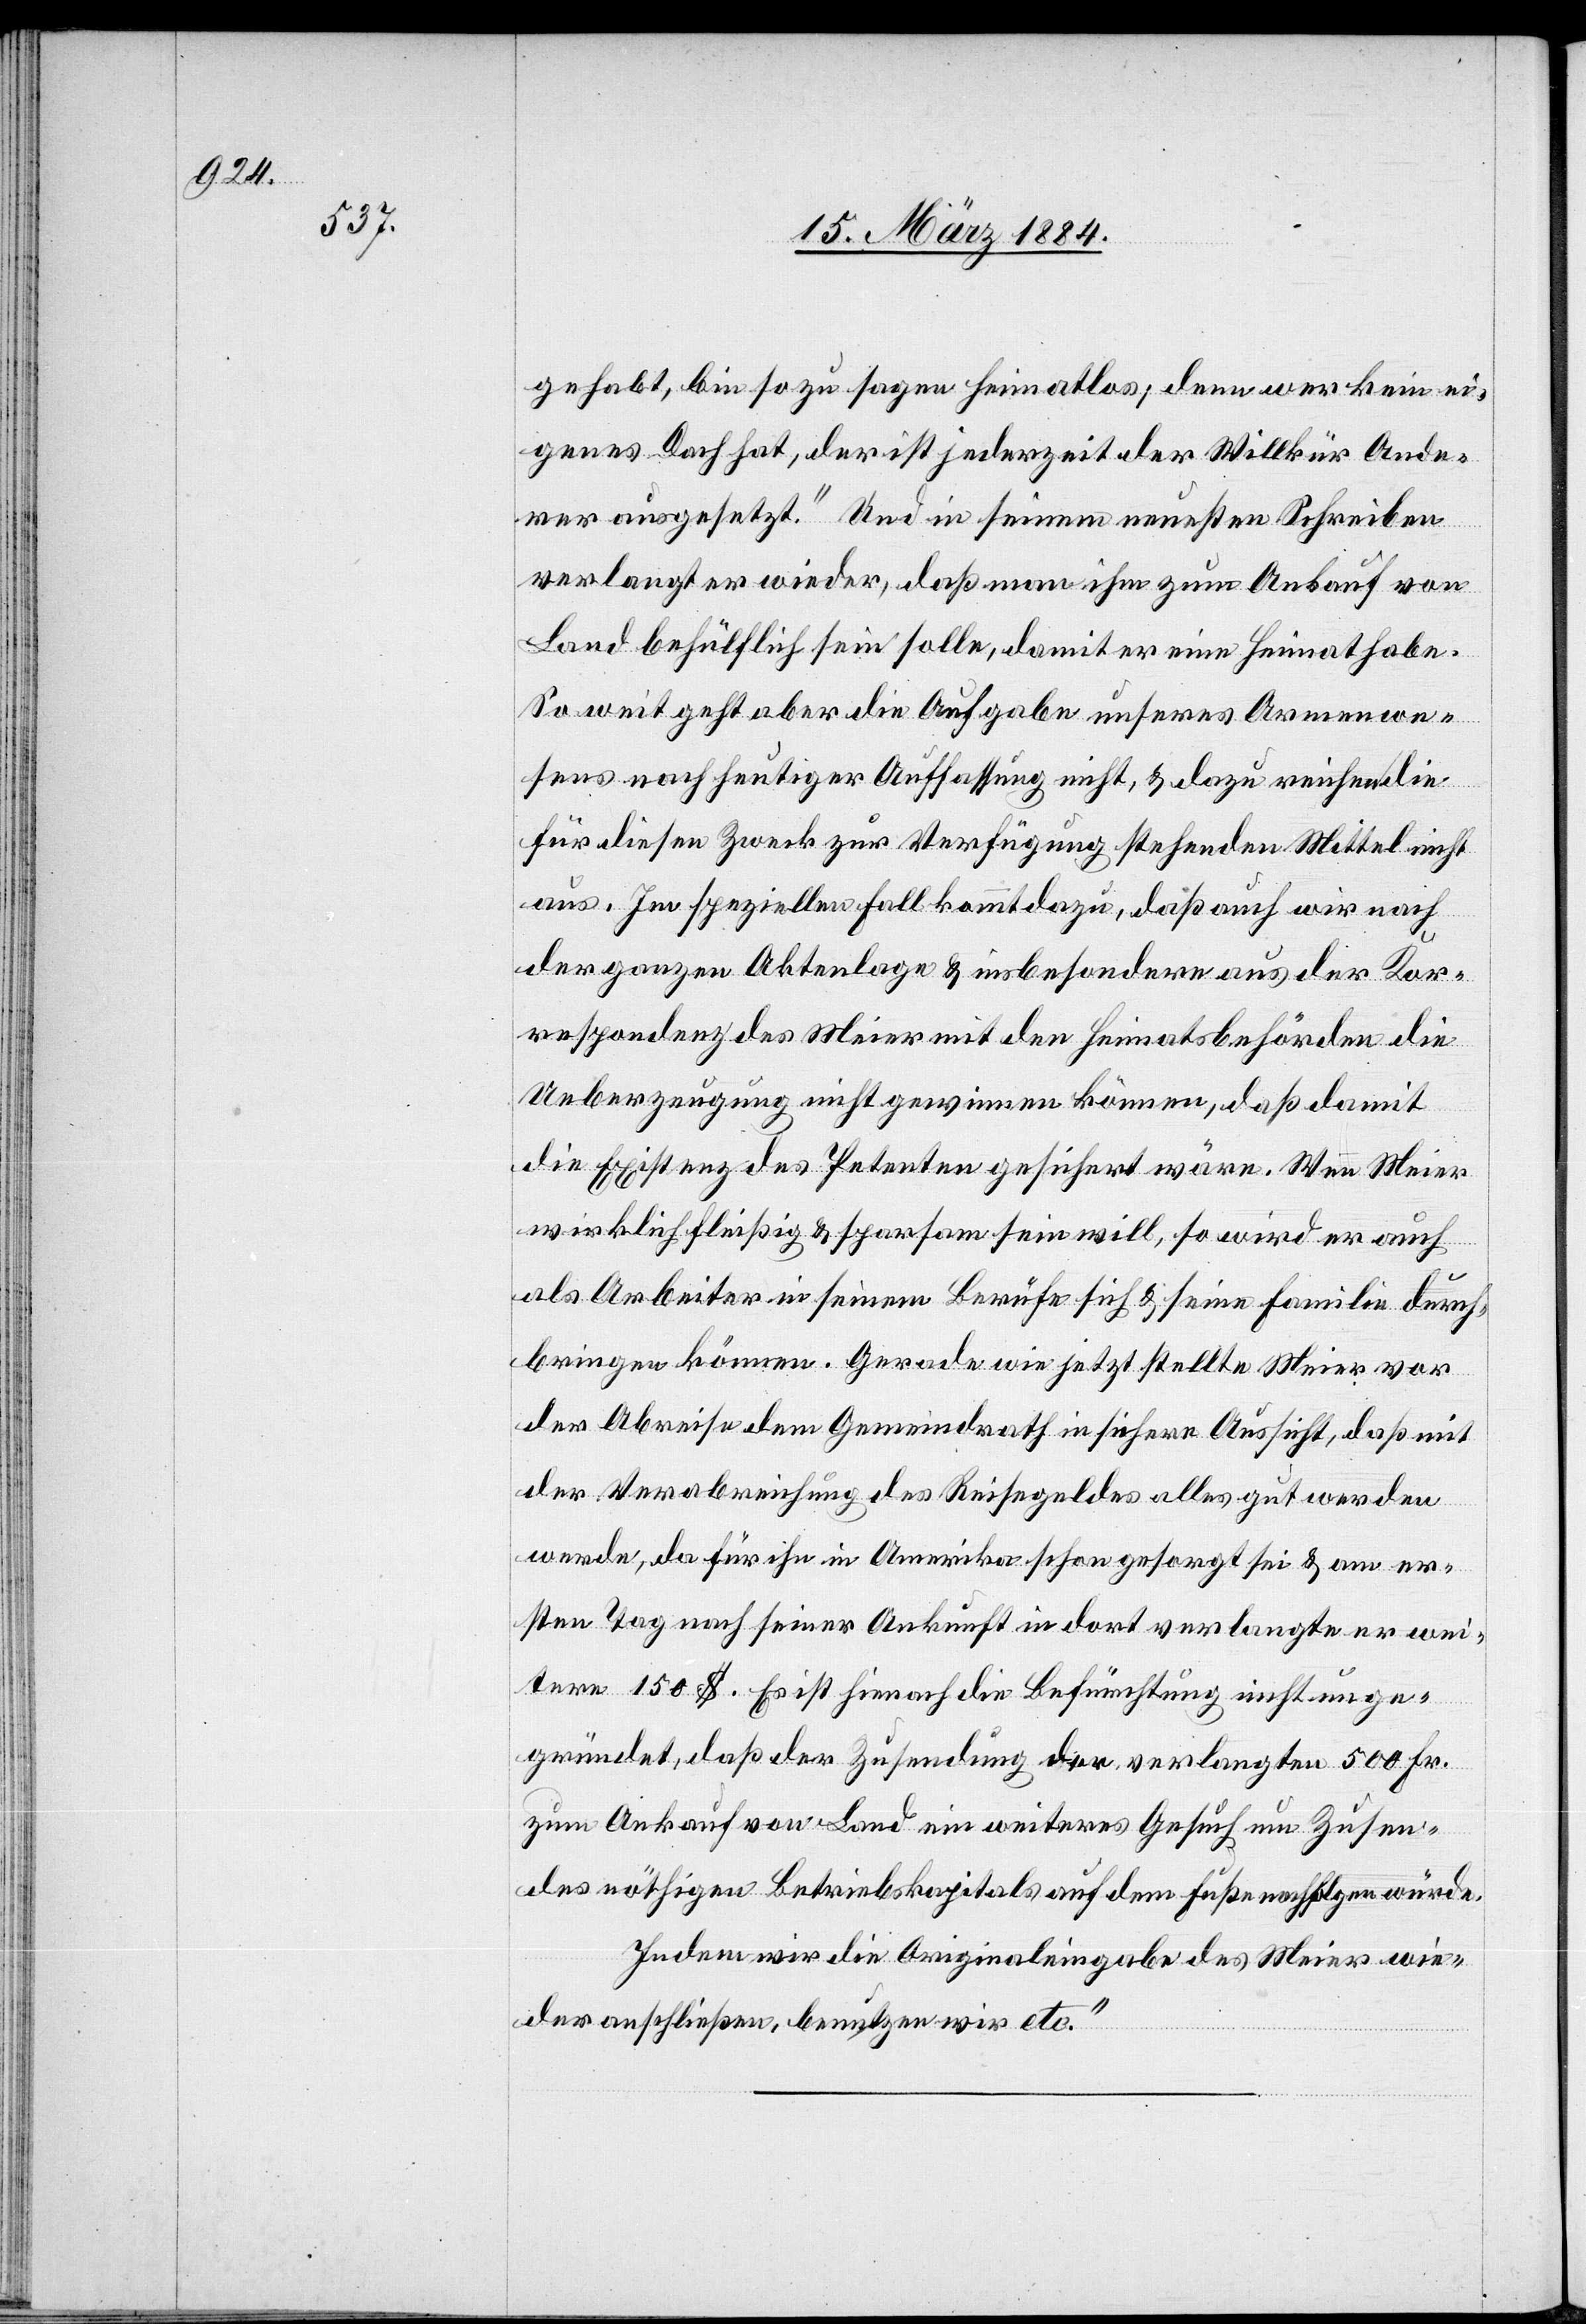
gehabt, bin so zu sagen heimatlos; denn wer kein ei¬
genes Dach hat, der ist jederzeit der Willkür Ande¬
rer ausgesetzt.“ Und in seinem neusten Schreiben
verlangt er wieder, daß man ihm zum Ankauf von
Land behülflich sein solle, damit er eine Heimat habe.
So weit geht aber die Aufgabe unseres Armenwe¬
sens nach heutiger Auffassung nicht, & dazu reichen die
des
für diesen Zweck zur Verfügung stehenden Mittel nicht
aus. Im speziellen Fall kommt dazu, daß auch wir nach
der ganzen Aktenlage & insbesondere aus der Kor¬
respondenz des Meier mit den Heimatsbehörden die
Ueberzeugung nicht gewinnen können, daß damit
die Existenz des Petenten gesichert wäre. Wenn Meier
wirklich flüßig & sparsam sein will, so wird er auch
als Arbeiter in seinem Berufe sich & seine Familie durch¬
bringen können. Gerade wie jetzt stellte Meier vor
der Abreise dem Gemeindrath in sichere Aussicht, daß mit
der Verabreichung des Reisegeldes alles gut werden
würde, da für ihn in Amerika schon gesorgt sei & am er¬
sten Tag nach seiner Ankunft in dort verlangte er wei¬
tere 150 $. Es ist hienach die Befürchtung nicht unbe¬
gründet, daß der Zusendung der verlangten 500 Fr.
zum Ankauf von Land ein weiteres Gesuch um Zusen¬
nöthigen Betriebskapitals auf dem Fuße nachfolgen würde.
Indem wir die Originaleingabe des Meier wie¬
der anschließen, benutzen wir etc.“